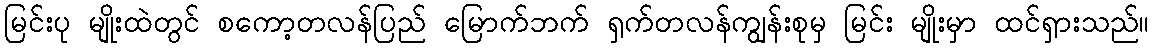
မြင်းပု မျိုးထဲတွင် စကော့တလန်ပြည် မြောက်ဘက် ရှက်တလန်ကျွန်းစုမှ မြင်း မျိုးမှာ ထင်ရှားသည်။